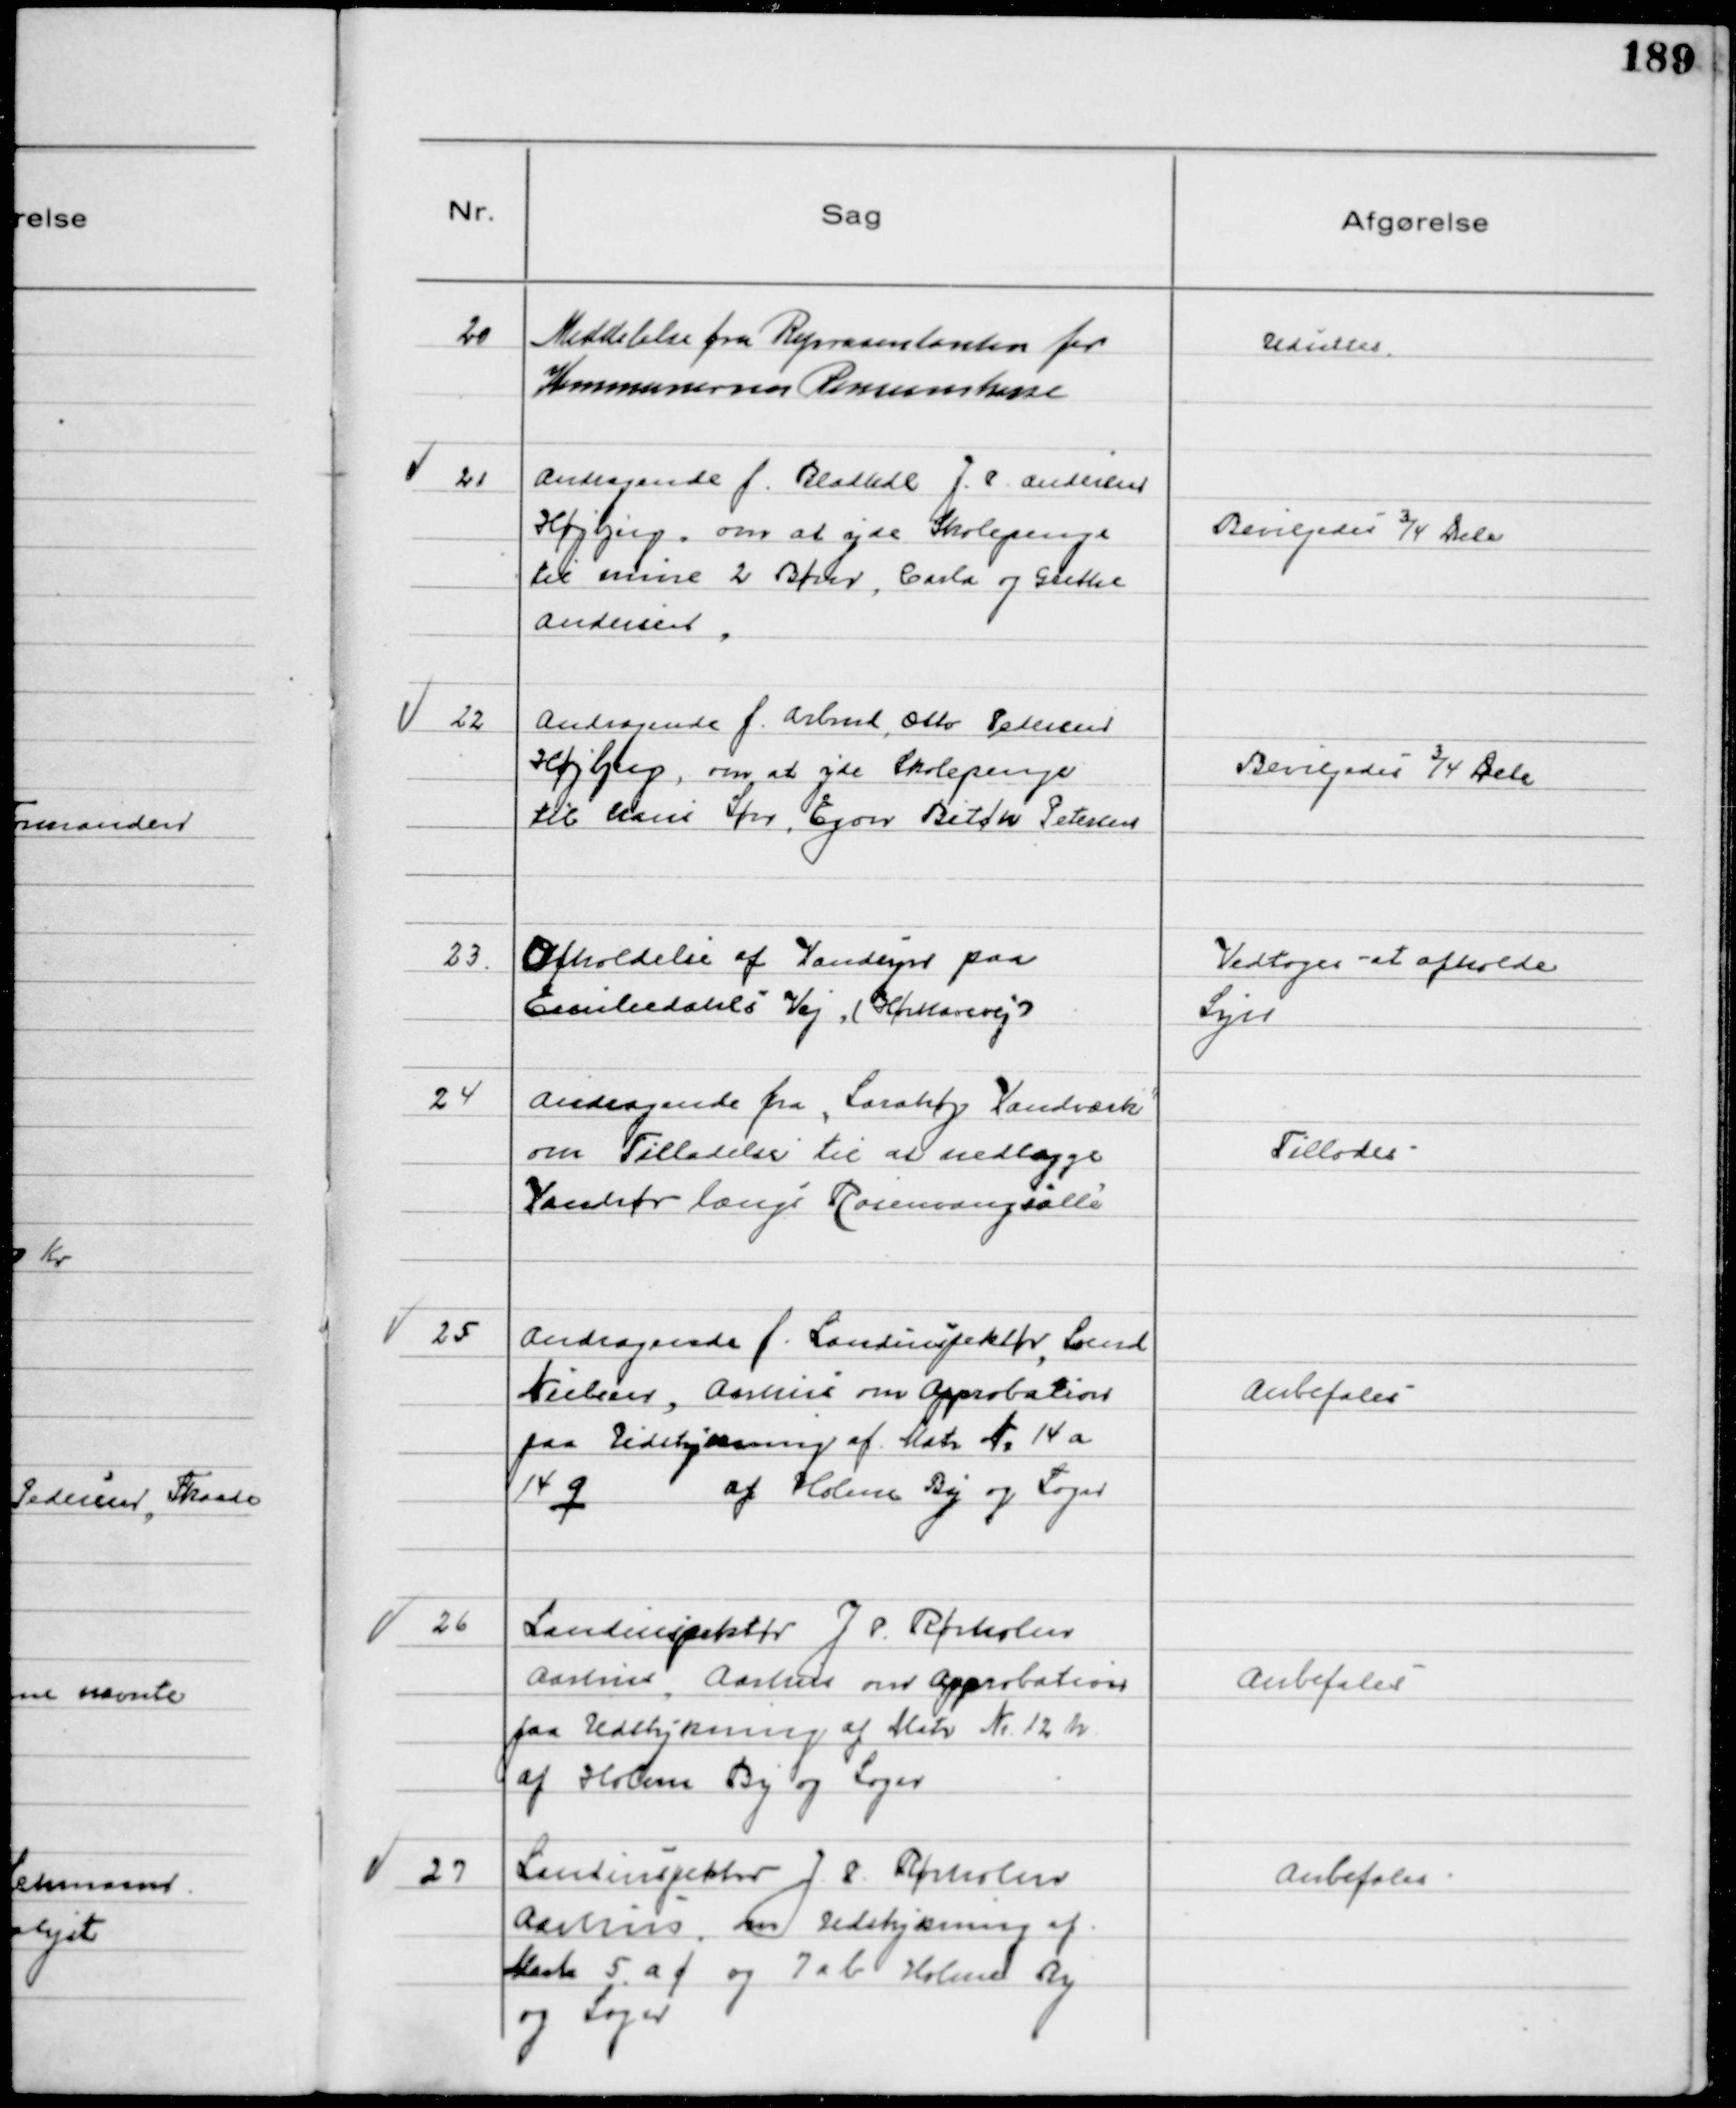
Transskription:
20
Meddelelse fra Repræsentanten for
Kommunernes Pensionskasse

Udsattes

21
Andragende f. Bladhdl J. P. Andersen
Højbjerg, om at yde Skolepenge
til mine 2 Børn, Carla og Grethe
Andersen.

Bevilgedes ¾ Dele

22
Andragende f. Arbmd Otto Pedersen
Højbjerg, om at yde Skolepenge
til hans Søn, Egon Bitch Petersen

Bevilgedes ¾ Dele

23
Afholdelse af Vandsyn paa
Emiliedahls Vej, (Hørhavevej)

Vedtoges at afholde
Syn

24
Andragende fra "Sarahøj Vandværk"
om Tilladelse til at nedlægge
Vandrør langs Rosenvangsalle

Tillodes

25
Andragende f. Landinspektør, Svend
Nielsen, Aarhus om Approbation
paa Udstykning af Matr № 14 a
14 q af Holme By og Sogn

Anbefales

26
Landinspektør J P. Rørholm
Aarhus, Aarhus om Approbation
paa Udstykning af Matr № 12 h
af Holme By og Sogn

Anbefales

27
Landinspektør J P Rørholm
Aarhus, om Udstykning af
Matr 5 a f og 7 a b Holme By
og Sogn

Anbefales